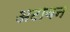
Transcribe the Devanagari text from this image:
अटावन